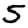
Digit: 5